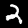
Label: 2